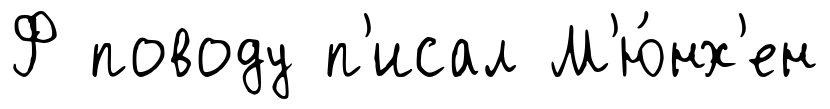
Ф поводу п'исал М'ю́нх'ен